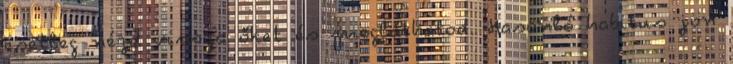
esetleg nézd vissza őket és megláthatod. Hasonló habitus jön